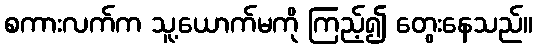
စကားလက်က သူ့ယောက်မကို ကြည့်၍ တွေးနေသည်။